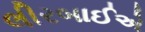
લીરબાઈએ